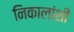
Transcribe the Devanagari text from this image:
निकालांशी